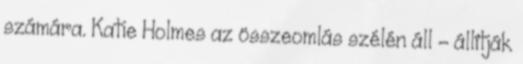
számára. Katie Holmes az összeomlás szélén áll – állítják